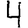
Digit: 4